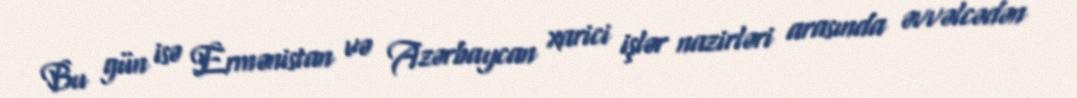
Bu gün isə Ermənistan və Azərbaycan xarici işlər nazirləri arasında əvvəlcədən